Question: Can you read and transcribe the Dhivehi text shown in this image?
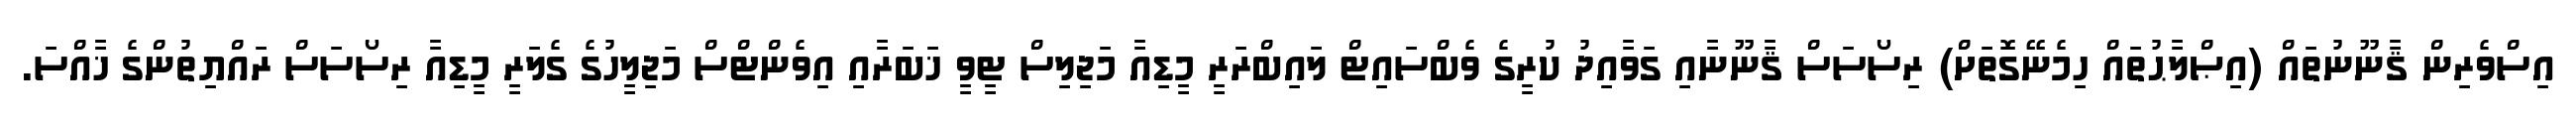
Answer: އިސްވެރިން ޤާނޫނުތައް (އިޞްލާޙުތައް ހިމެނޭގޮތަށް) ރިސޯސަސް ޤާނޫނާއި ގަވާއިދު ކުރީގެ ވެބްސައިޓް ލައިބްރަރީ މީޑިއާ މަޖިލިސް ޓީވީ ޚަބަރާއި އިވެންޓްސް މަޖިލީހުގެ ގެލަރީ މީޑިއާ ރިސޯސަސް ރައްޔިތުންގެ ޚާއްސަ.